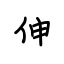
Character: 伸